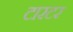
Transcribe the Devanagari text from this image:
टारटर